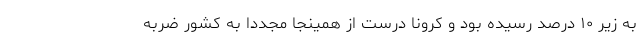
به زیر ۱۰ درصد رسیده بود و کرونا درست از همینجا مجددا به کشور ضربه